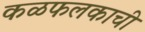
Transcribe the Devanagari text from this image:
कळफलकाची